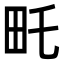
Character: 𤰦